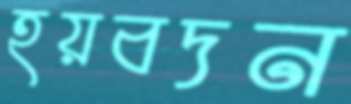
হয়বদন